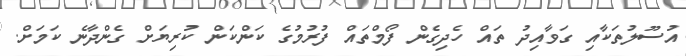
އުސޫލުތަކާއި ގަވާއިދު ތައް ހެދިގެން ފޯމްތައް ފުރުމުގެ ކަންކަން ކުރިޔަށް ގެންދާނެ ކަމަށް.